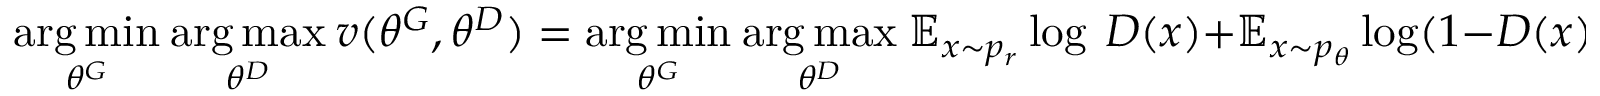
\underset { \theta ^ { G } } { \arg \operatorname* { m i n } } \ \underset { \theta ^ { D } } { \arg \operatorname* { m a x } } \ v ( \theta ^ { G } , \theta ^ { D } ) = \underset { \theta ^ { G } } { \arg \operatorname* { m i n } } \ \underset { \theta ^ { D } } { \arg \operatorname* { m a x } } \ \mathbb { E } _ { x \sim p _ { r } } \log \ D ( x ) + \mathbb { E } _ { x \sim p _ { \theta } } \log ( 1 - D ( x ) )